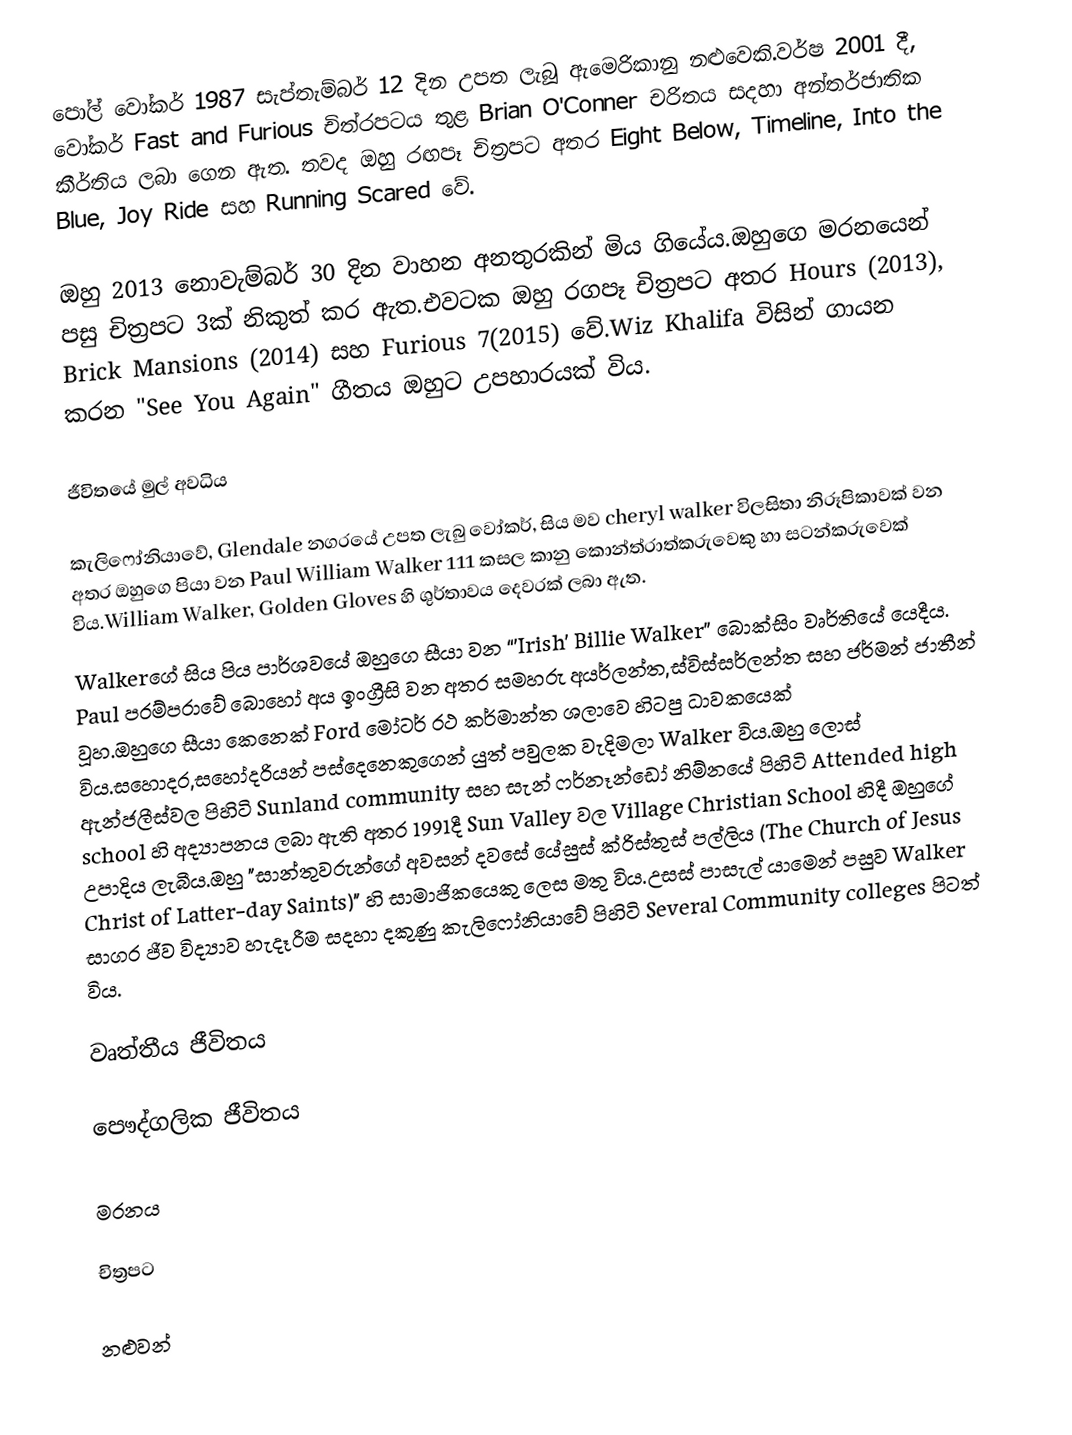
පෝල් වෝකර් 1987 සැප්තැම්බර්  12 දින උපත ලැබූ ඇමෙරිකානු නළුවෙකි.වර්ෂ 2001 දී, වෝකර් Fast and Furious  චිත්රපටය තුළ Brian O'Conner චරිතය සදහා අන්තර්ජාතික කීර්තිය ලබා ගෙන ඇත. තවද ඔහු රඟපෑ චිත්‍රපට අතර Eight Below, Timeline, Into the Blue, Joy Ride සහ Running Scared වේ.

ඔහු 2013 නොවැම්බර් 30 දින වාහන අනතුරකින් මිය ගියේය.ඔහුගෙ මරනයෙන් පසු චිත්‍රපට 3ක් නිකුත් කර ඇත.එවටක ඔහු රගපෑ චිත්‍රපට අතර Hours (2013), Brick Mansions (2014) සහ Furious 7(2015) වේ.Wiz Khalifa විසින් ගායන කරන "See You Again" ගීතය ඔහුට උපහාරයක් විය.

ජීවිතයේ මුල් අවධිය

කැලිෆෝනියාවේ, Glendale නගරයේ උපත ලැබු වෝකර්, සිය මව cheryl walker  විලසිතා නිරූපිකාවක් වන අතර ඔහුගෙ පියා වන Paul William Walker 111 කසල කානු කොන්ත්රාත්කරුවෙකු හා සටන්කරුවෙක් විය.William Walker, Golden Gloves හි ශුර්තාවය දෙවරක් ලබා ඇත.
Walkerගේ සිය පිය පාර්ශවයේ ඔහුගෙ සීයා වන “'Irish' Billie Walker”  බොක්සිං වෘර්තියේ යෙදීය. Paul පරම්පරාවේ බොහෝ අය ඉංග්‍රීසි වන අතර සමහරු අයර්ලන්ත,ස්විස්සර්ලන්ත සහ ජර්මන් ජාතීන් වූහ.ඔහුගෙ සීයා කෙනෙක් Ford මෝටර් රථ කර්මාන්ත ශලාවෙ හිටපු ධාවකයෙක් විය.සහොදර,සහෝදරියන් පස්දෙනෙකුගෙන් යුත් පවුලක වැදිමලා Walker විය.ඔහු ලොස් ඇන්ජලීස්වල පිහිටි Sunland community සහ සැන් ෆර්නෑන්ඩෝ නිම්නයේ පිහිටි Attended high school හි අද්‍යාපනය ලබා ඇති අතර 1991දී Sun Valley වල   Village Christian School හිදී ඔහුගේ උපාදිය ලැබීය.ඔහු "සාන්තුවරුන්ගේ අවසන් දවසේ යේසුස් ක්රිස්තුස් පල්ලිය (The Church of Jesus Christ of Latter-day Saints)" හි සාමාජිකයෙකු ලෙස මතු විය.උසස් පාසැල් යාමෙන් පසුව Walker සාගර ජීව විද්‍යාව හැදෑරීම සදහා දකුණු කැලිෆෝනියාවේ පිහිටි Several Community colleges පිටත් විය.

වෘත්තීය ජීවිතය

පෞද්ගලික ජීවිතය

මරනය

චිත්‍රපට

නළුවන්